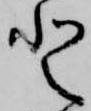
登